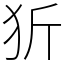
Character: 㹞